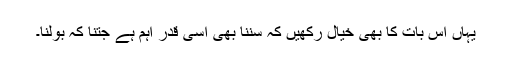
یہاں اس بات کا بھی خیال رکھیں کہ سننا بھی اسی قدر اہم ہے جتنا کہ بولنا۔